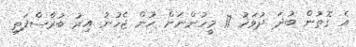
އެ ގޮތުން ބުދަ ދުވަހު 17 މީހުންނަށް ހުން ޖެހުނު އިރު ބުރާސްފަތި